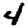
Digit: 4